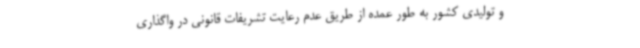
و تولیدی کشور به طور عمده از طریق عدم رعایت تشریفات قانونی در واگذاری